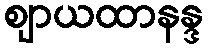
ဈာယထာနန္ဒ